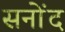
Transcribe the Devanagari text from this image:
सनोंद